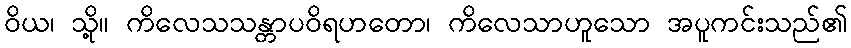
ဝိယ၊ သို့။ ကိလေသသန္တာပဝိရဟတော၊ ကိလေသာဟူသော အပူကင်းသည်၏